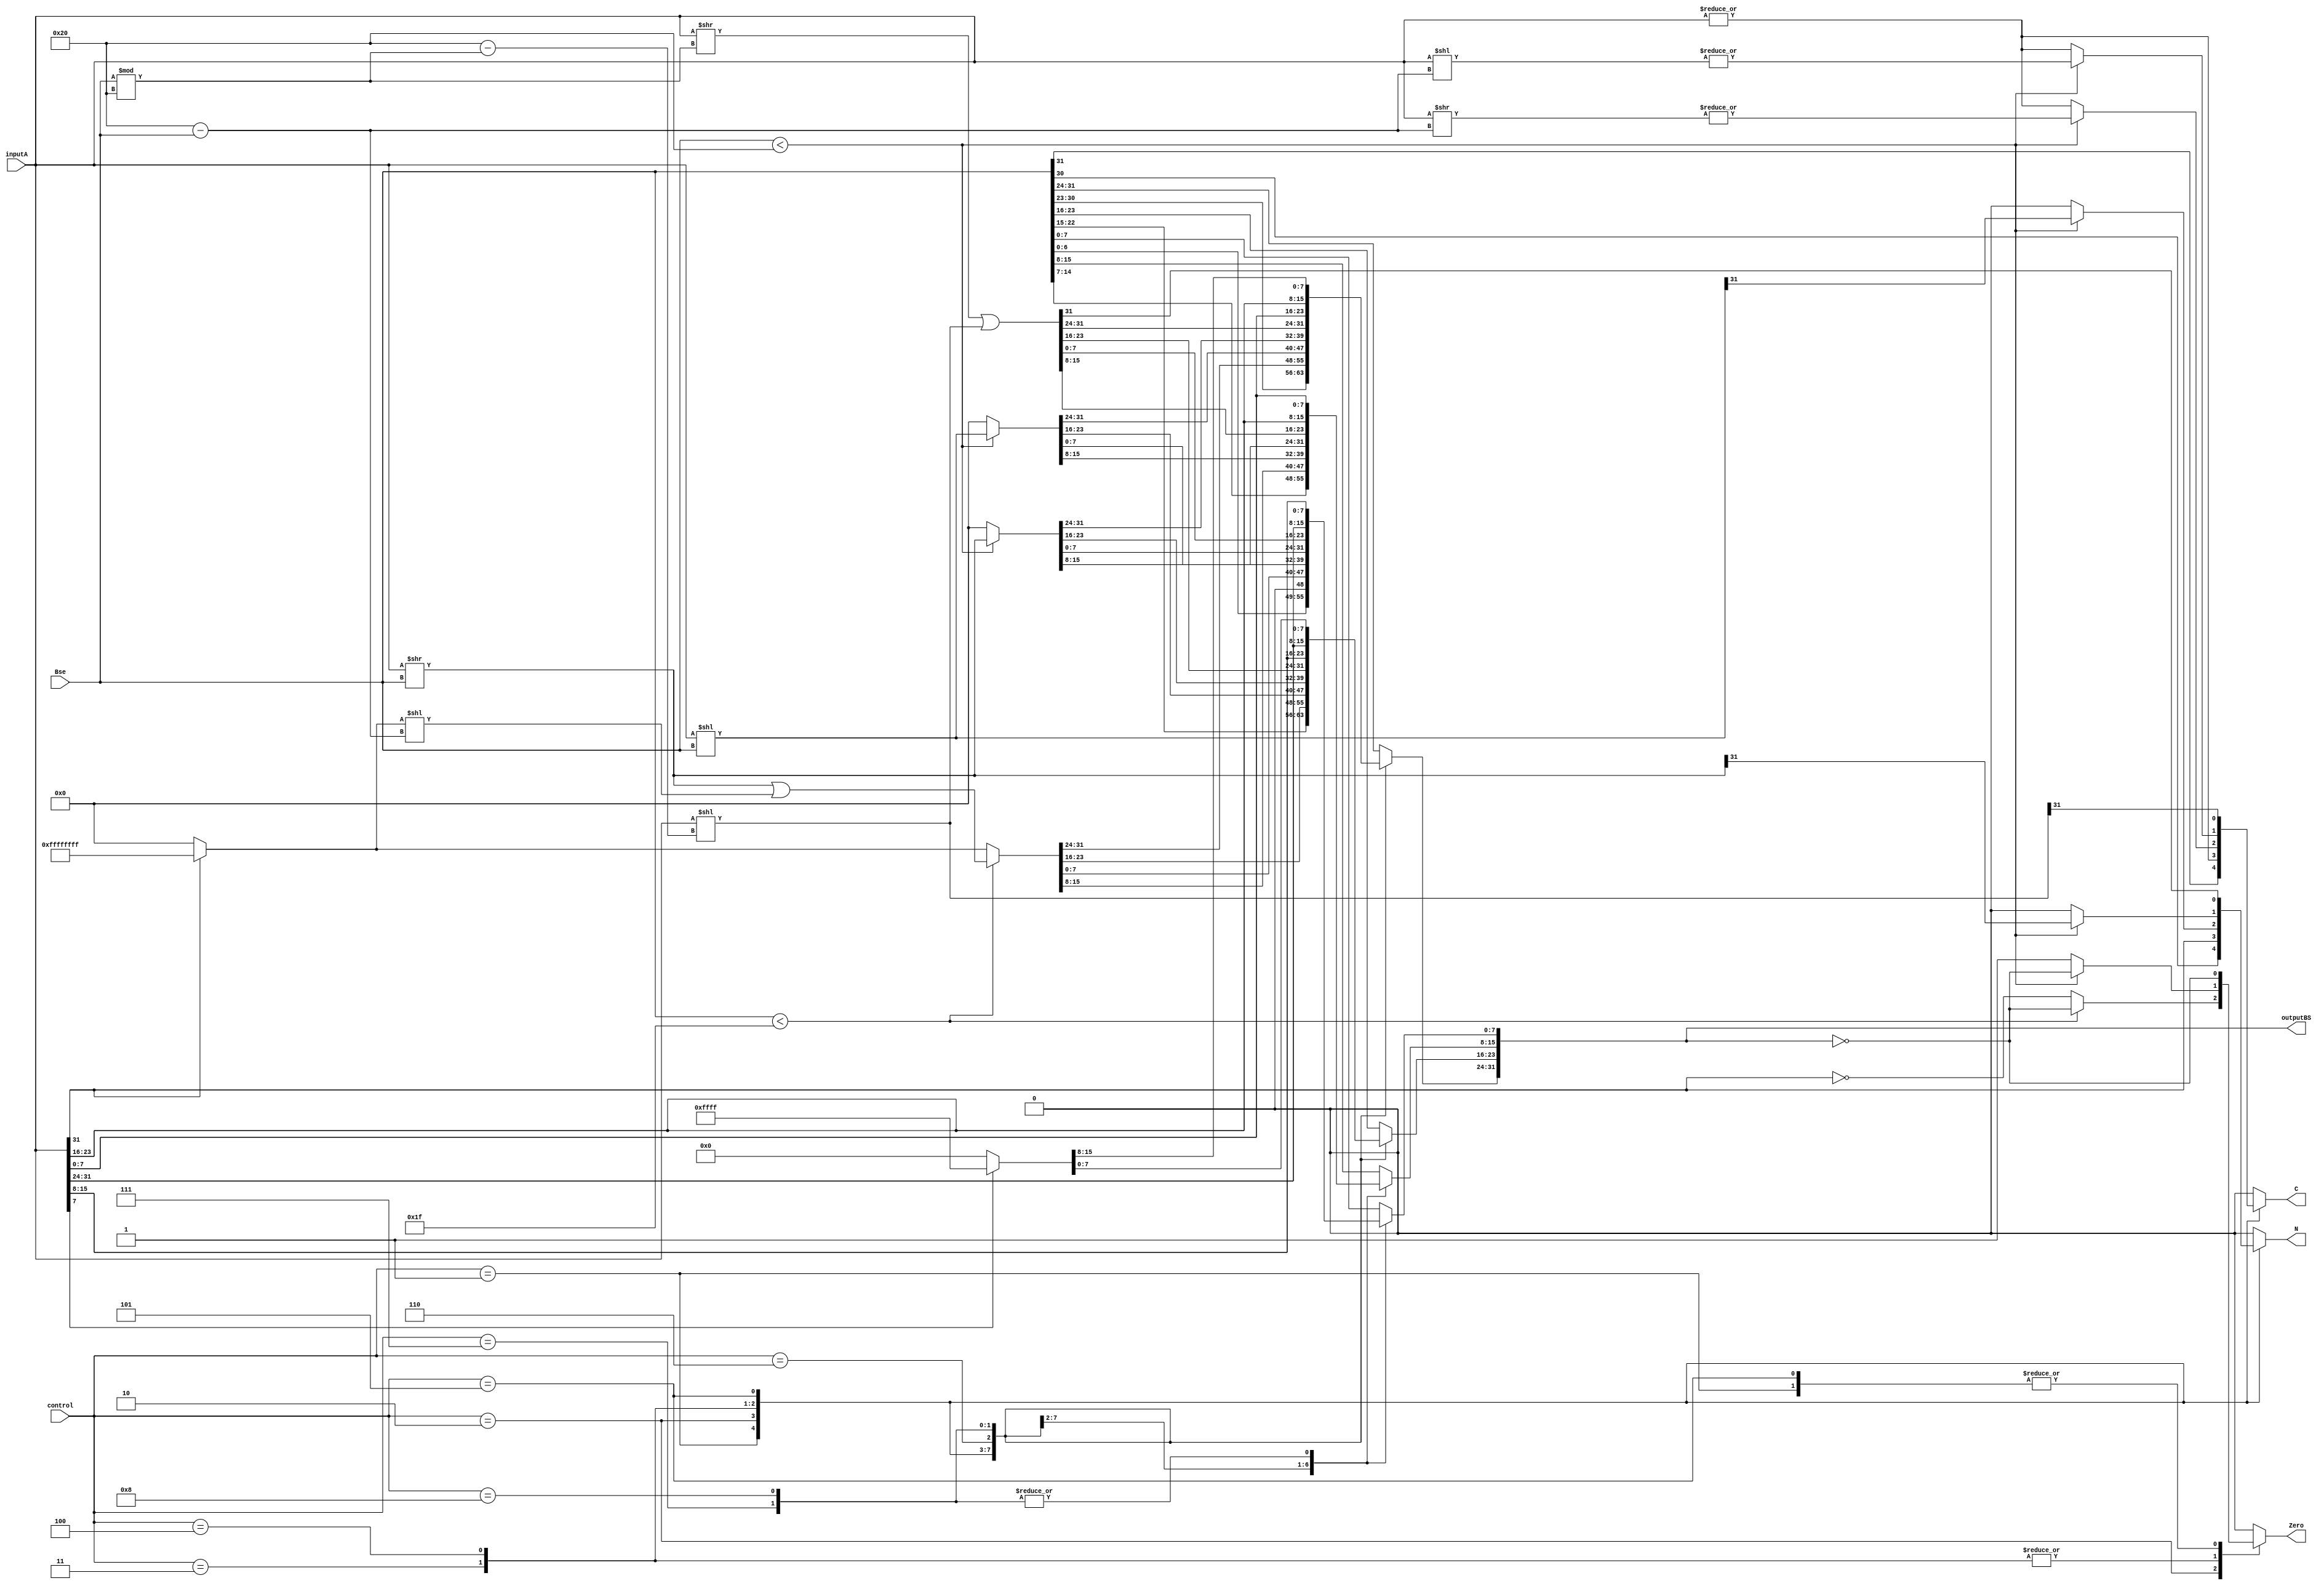
module BarrelShifter(
  inputA, Bse,
  control,
  outputBS,
  N, Zero, C//Flags
  );

  input [31:0] inputA, Bse;
  input [3:0] control;
  output reg N, Zero, C;
  output reg [31:0] outputBS;

  reg [31:0] aux1, aux3;
  reg aux2;

  wire zer;
  assign zer = (outputBS == 0);

  always @ ( * ) begin
    N=0; Zero=0; C=0; //Flag cleaning
    outputBS=0; //Output cleaning
    aux1=0; aux2=0; aux3=0; //Auxiliar cleaning

    case (control)
      1:begin //Sada=B<<1
        {aux2,outputBS}=Bse<<1;
        C=aux2;
        Zero=zer;
        N=outputBS[31];
      end
      2:begin //ASR
        aux2=inputA[31];
        if (Bse<31) begin
          aux3=inputA>>Bse;
          aux1 = (aux2)? 32'hffffffff : 32'h0;
          aux1=aux1<<32-Bse;
          outputBS= aux3|aux1;
          // aux1=inputA<<32-Bse;
          C=|inputA;
          Zero=zer;
          N=aux2;
        end else begin
          C=|inputA;
          outputBS = (aux2) ? 32'hffffffff : 32'h0;
          Zero=!aux2;
          N=aux2;
        end
      end
      3:begin //LSL
        if (Bse<32) begin
          // {aux1,outputBS}=inputA<<Bse;
          outputBS=inputA<<Bse;
          aux1=inputA>>32-Bse;
          C=|aux1;
          Zero=zer;
          N=outputBS[31];
        end else begin
          C=|inputA;
          outputBS=0;
          Zero=1;
          N=0;
        end
      end
      4:begin //LSR
        if (Bse<32) begin
          outputBS=inputA>>Bse;
          aux1=inputA<<32-Bse;
          C=|aux1;
          Zero=zer;
          N=outputBS[31];
        end else begin
          C=|inputA;
          outputBS=0;
          Zero=1;
          N=0;
        end
      end
      5:begin //ROR
        outputBS=inputA>>Bse%32;
        aux1=inputA<<32-(Bse % 32);
        outputBS=outputBS | aux1;
        C=aux1[31];
        Zero=zer;
        N=outputBS[31];
      end
      6:begin //REV
        outputBS[31:24]=inputA[7:0];
        outputBS[23:16]=inputA[15:8];
        outputBS[15:8]=inputA[23:16];
        outputBS[7:0]=inputA[31:24];
      end
      7:begin //REV16
        outputBS[31:24]=inputA[23:16];
        outputBS[23:16]=inputA[31:24];
        outputBS[15:8]=inputA[7:0];
        outputBS[7:0]=inputA[15:8];
      end
      8:begin //REVSH
        outputBS[31:16]=(inputA[7]) ? 16'hFFFF :16'h0;
        outputBS[15:8]=inputA[7:0];
        outputBS[7:0]=inputA[15:8];
      end
      default:begin
        outputBS=Bse;
      end
    endcase

  end

endmodule